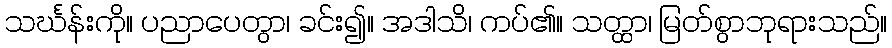
သင်္ဃန်းကို။ ပညာပေတွာ၊ ခင်း၍။ အဒါသိ၊ ကပ်၏။ သတ္ထာ၊ မြတ်စွာဘုရားသည်။